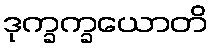
ဒုက္ခက္ခယောတိ